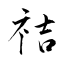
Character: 祮